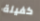
كفيلة